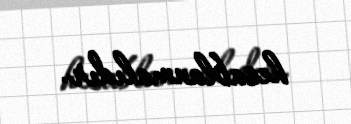
hesablanmalıdır.